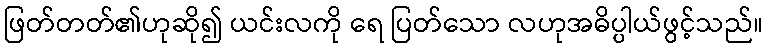
ဖြတ်တတ်၏ဟုဆို၍ ယင်းလကို ရေ ပြတ်သော လဟုအဓိပ္ပါယ်ဖွင့်သည်။